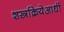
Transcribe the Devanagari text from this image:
शस्त्रक्रियेआधी